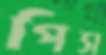
পিস